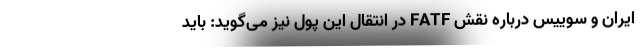
ایران و سوییس درباره نقش FATF در انتقال این پول نیز می‌گوید: باید